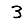
Digit: 3